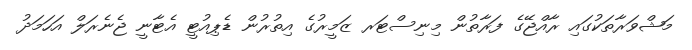
މަޝްވަރާތަކުގައި ރާއްޖޭގެ ފަރާތުން މިނިސްޓަރ ޒަމީރުގެ އިތުރުން ޑެޕިއުޓީ އެޓާނީ ޖެނެރަލް އަހަމަދު